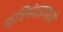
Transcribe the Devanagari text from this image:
मंत्रिमंळामध्ये